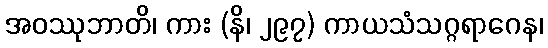
အဝဿုဘာတိ၊ ကား (နိ၊ ၂၉၇) ကာယသံသဂ္ဂရာဂေန၊